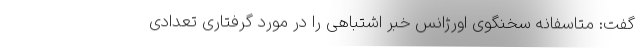
گفت: متاسفانه سخنگوی اورژانس خبر اشتباهی را در مورد گرفتاری تعدادی